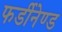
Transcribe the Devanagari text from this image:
फर्डीनेण्ड